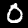
Digit: 0